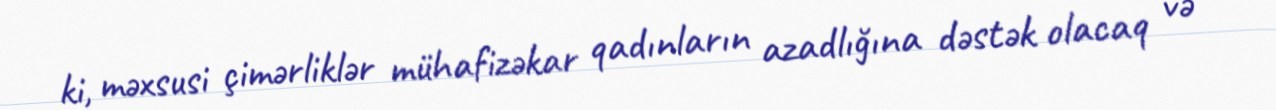
ki, məxsusi çimərliklər mühafizəkar qadınların azadlığına dəstək olacaq və